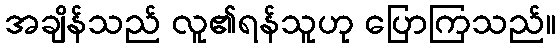
အချိန်သည် လူ၏ရန်သူဟု ပြောကြသည်။